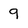
Character: 9